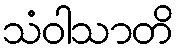
သံဝါသာတိ